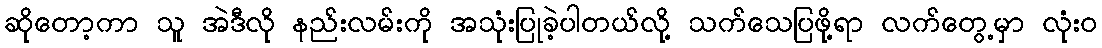
ဆိုတော့ကာ သူ အဲဒီလို နည်းလမ်းကို အသုံးပြုခဲ့ပါတယ်လို့ သက်သေပြဖို့ရာ လက်တွေ့မှာ လုံးဝ